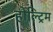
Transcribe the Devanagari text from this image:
होल्ट्रिम